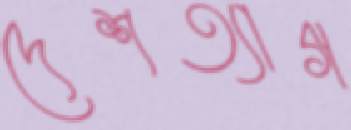
দেশত্যাগ